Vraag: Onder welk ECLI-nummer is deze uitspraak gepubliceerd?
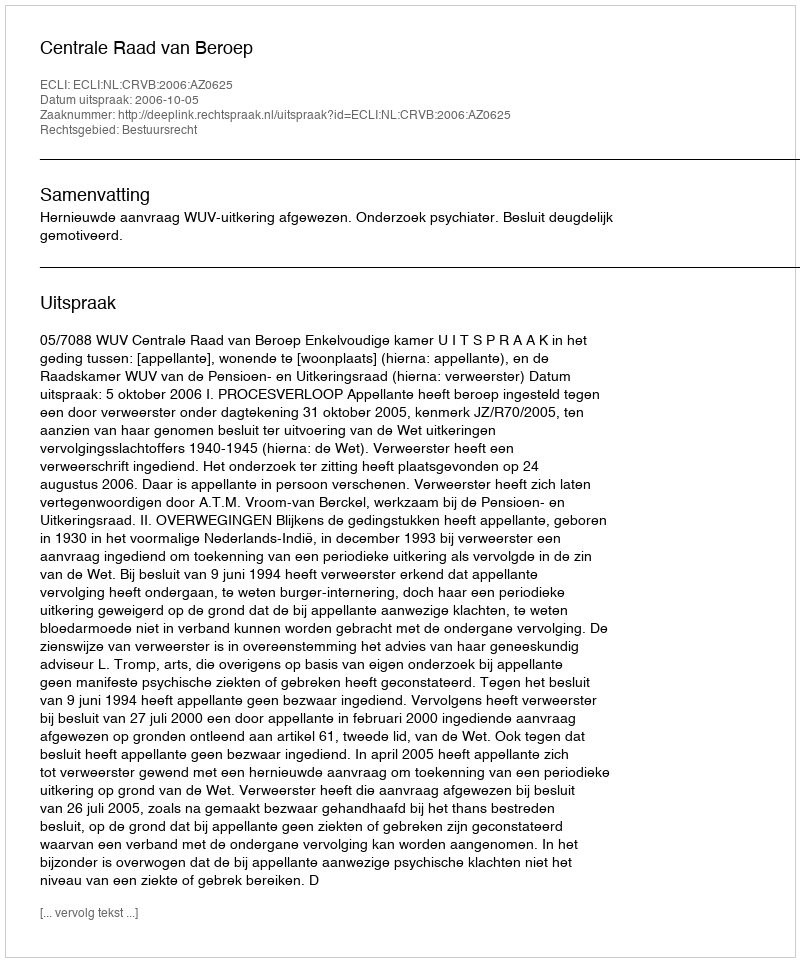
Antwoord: ECLI:NL:CRVB:2006:AZ0625